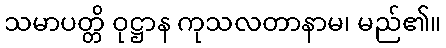
သမာပတ္တိ ဝုဋ္ဌာန ကုသလတာနာမ၊ မည်၏။